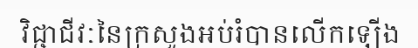
វិជ្ជាជីវៈនៃក្រសួងអប់រំបានលើកឡើង